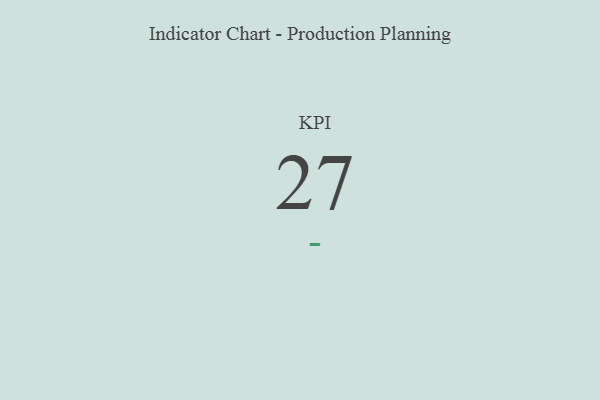
{"axis": {"x": "KPI", "y": "Value"}, "legend": [""], "data": [{"x": "KPI", "y": 27, "type": ""}]}